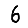
Digit: 6